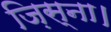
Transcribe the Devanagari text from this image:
ज़िस्ना।